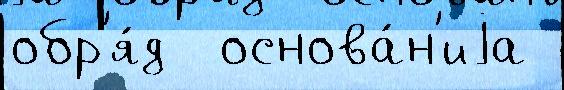
обр'я́д  основа́н'иjа